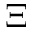
\Xi